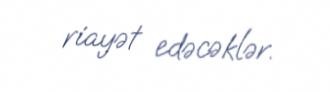
riayət edəcəklər.